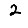
Digit: 2